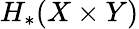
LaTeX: H_{*}(X\times Y)